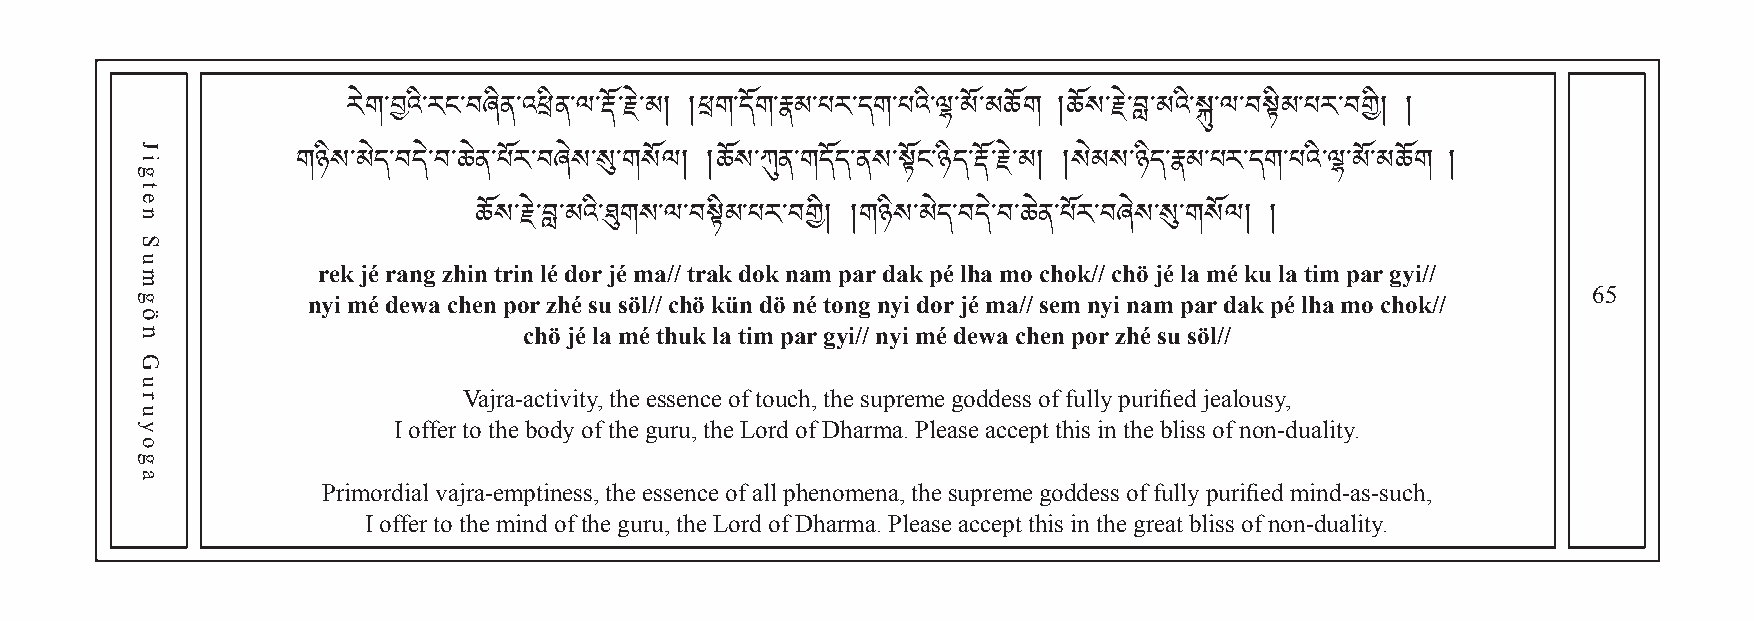
རེག་བའི་རང་བཞིན་འཕིན་ལ་རོ་རེ་མ། །ཕག་ད ོག ་ རྣ མ་པར་དག་པའི་ལྷ་མོ་མཆོག །ཆོས་རེ་བླ་མའི་སྐུ་ལ་བསྟིམ་པར་བགི། །
 གཉིས་མེད་བདེ་བ་ཆེན་པོར་བཞེས་སུ་གསོལ། །ཆོས་ཀུན་གདོད་ནས་སྟོང་ཉིད་རོ་རེ་མ། །སེམས་ཉིད་རྣམ་པར་དག་པའི་ལྷ་མོ་མཆོག །
 rek jé rang zhinཆ ོtསri་རn ེ་lབླé ་dམoའrི་ ཐུjéག mསa་ལ// ་tབrསྟakིམ d་པoརk ་nབaགmི། p།aགr ཉdིསak་མ pེདé་ བlhདaེ་ བm་ཆo ེནch་པoོkར/་/བ cཞhེསö ་jསུé ་lགa སmོལé །k u། la tim par gyi//
 65
 nyi mé dewa chen por zhé su söl// chö kün dö né tong nyi dor jé ma// sem nyi nam par dak pé lha mo chok//
 chö jé la mé thuk la tim par gyi// nyi mé dewa chen por zhé su söl//
 Vajra-activity, the essence of touch, the supreme goddess of fully purified jealousy,
 I offer to the body of the guru, the Lord of Dharma. Please accept this in the bliss of non-duality.
 Primordial vajra-emptiness, the essence of all phenomena, the supreme goddess of fully purified mind-as-such,
 I offer to the mind of the guru, the Lord of Dharma. Please accept this in the great bliss of non-duality.
 Jigten
 Sumgön
 Guruyoga